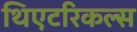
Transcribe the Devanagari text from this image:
थिएटरिकल्स